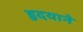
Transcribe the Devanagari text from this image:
हृदयाने